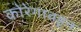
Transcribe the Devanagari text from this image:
कोरेगावहून